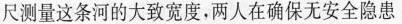
尺测量这条河的大致宽度，两人在确保无安全隐患